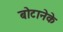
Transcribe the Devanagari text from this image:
बोटानेके